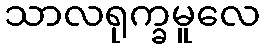
သာလရုက္ခမူလေ